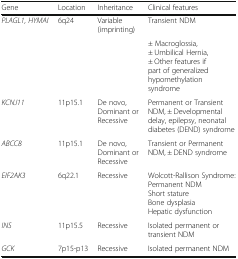
<table><thead><tr><td><b>Gene</b></td><td><b>Location</b></td><td><b>Inheritance</b></td><td><b>Clinical features</b></td></tr></thead><tbody><tr><td><i>PLAGL1, HYMAI</i></td><td>6q24</td><td>Variable (imprinting)</td><td>Transient NDM</td></tr><tr><td colspan="3"></td><td>± Macroglossia, ± Umbilical Hernia, ± Other features if part of generalized hypomethylation syndrome</td></tr><tr><td><i>KCNJ11</i></td><td>11p15.1</td><td>De novo, Dominant or Recessive</td><td>Permanent or Transient NDM, ± Developmental delay, epilepsy, neonatal diabetes (DEND) syndrome</td></tr><tr><td><i>ABCC8</i></td><td>11p15.1</td><td>De novo, Dominant or Recessive</td><td>Transient or Permanent NDM, ± DEND syndrome</td></tr><tr><td><i>EIF2AK3</i></td><td>6q22.1</td><td>Recessive</td><td>Wolcott-Rallison Syndrome:Permanent NDMShort statureBone dysplasiaHepatic dysfunction</td></tr><tr><td><i>INS</i></td><td>11p15.5</td><td>Recessive</td><td>Isolated permanent or transient NDM</td></tr><tr><td><i>GCK</i></td><td>7p15-p13</td><td>Recessive</td><td>Isolated permanent NDM</td></tr></tbody></table>